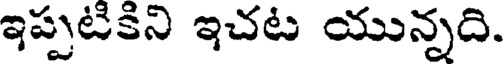
ఇప్పటికిని ఇచట యున్నది.